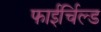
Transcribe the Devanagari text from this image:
फाईर्चिल्ड